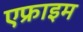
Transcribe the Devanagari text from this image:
एफ्राइम